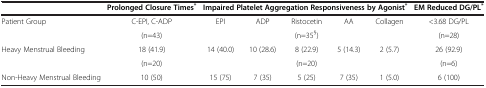
|  | Prolonged Closure Times* | <COLSPAN=5> Impaired Platelet Aggregation Responsiveness by Agonist* | EM Reduced DG/PL* |
 | --- | --- | --- | --- | --- | --- | --- | --- |
 | Patient Group | C-EPI, C-ADP | EPI | ADP | Ristocetin | AA | Collagen | <3.68 DG/PL |
 |  | (n=43) | <COLSPAN=2>  | (n=35§) | <COLSPAN=2>  | (n=28) |
 | Heavy Menstrual Bleeding | 18 (41.9) | 14 (40.0) | 10 (28.6) | 8 (22.9) | 5 (14.3) | 2 (5.7) | 26 (92.9) |
 |  | (n=20) | <COLSPAN=2>  | (n=20) | <COLSPAN=2>  | (n=6) |
 | Non-Heavy Menstrual Bleeding | 10 (50) | 15 (75) | 7 (35) | 5 (25) | 7 (35) | 1 (5.0) | 6 (100) |